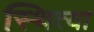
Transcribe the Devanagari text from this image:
स्थित्या